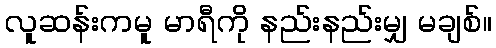
လူဆန်းကမူ မာရီကို နည်းနည်းမျှ မချစ်။